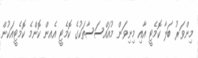
މިންވަރު ބަލާ ކޮމެޓީ އާއި މިނިވަން މުއައްސަސާތަކުގެ ކޮމެޓީ އެއން ކޮންމެ ކޮމެޓީއަކުން